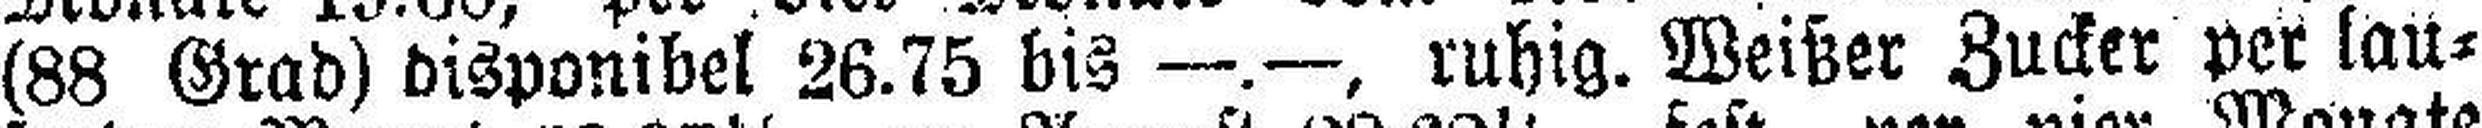
(88 Grad) disponibel 26.75 bis —.—, ruhig. Weißer Zucker per lau¬